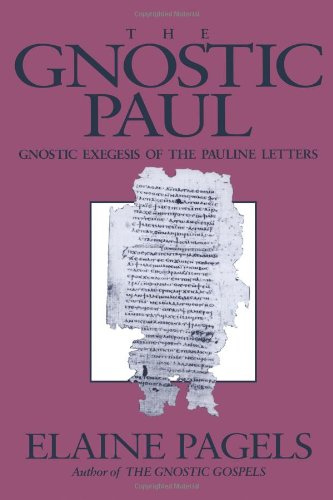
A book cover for The Gnostic Paul: Gnostic Exegesis of the Pauline Letters; Elaine Pagels; Christian Books & Bibles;